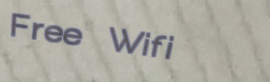
Free Wifi